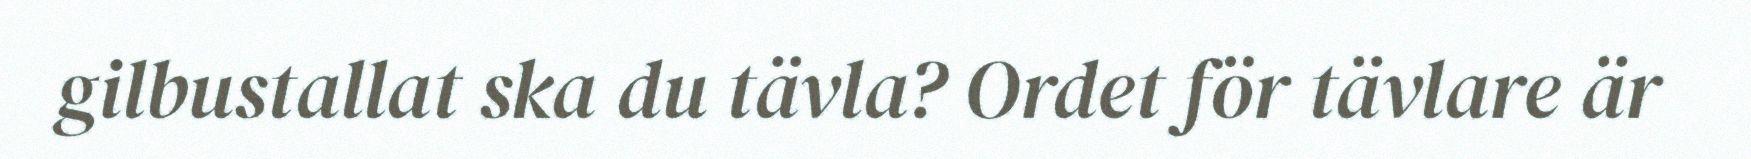
gilbustallat ska du tävla? Ordet för tävlare är